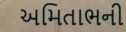
અમિતાભની